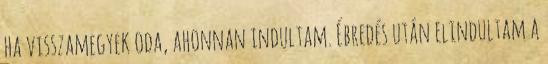
ha visszamegyek oda, ahonnan indultam. Ébredés után elindultam a